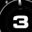
Digit: 3